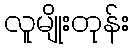
လူမျိုးတုန်း